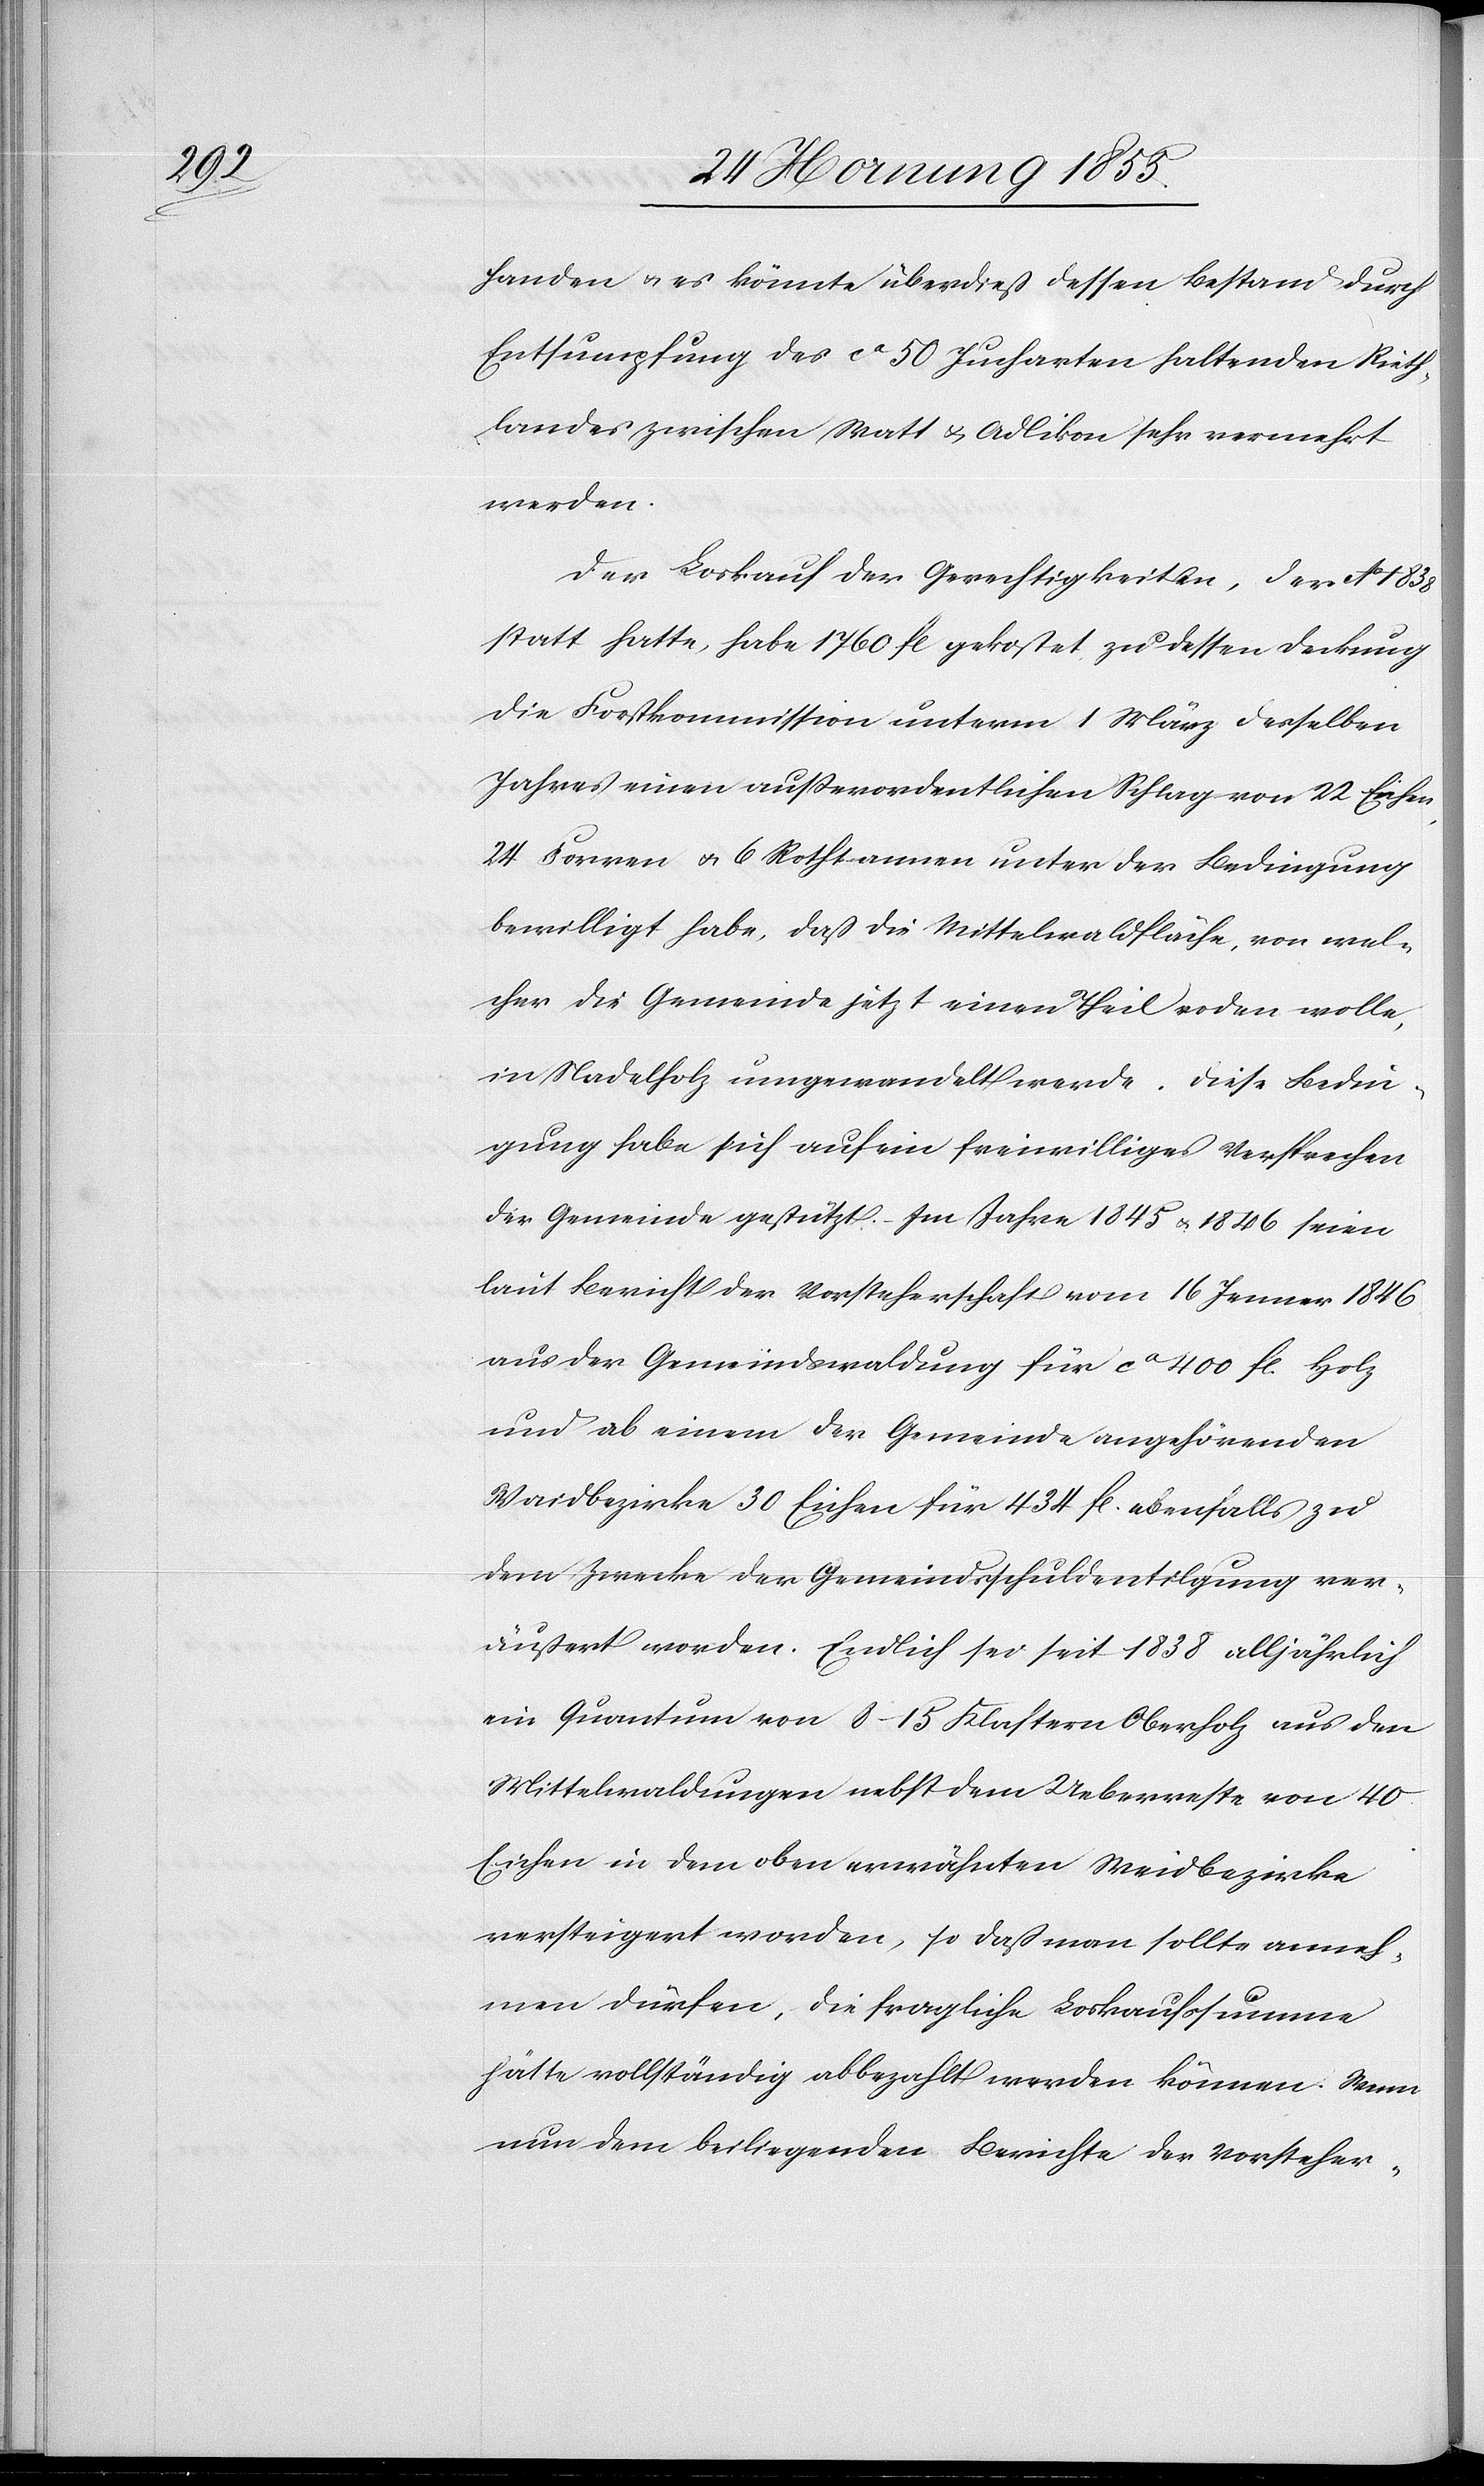
handen & es könnte überdieß dessen Bestand durch
Entsumpfung des ca 50 Jucharten haltenden Rieth¬
landes zwischen Watt & Adlikon sehr vermehrt
werden.
Der Loskauf der Gerechtigkeiten, der Ao 1838
statt hatte, habe 1760 fl gekostet zu dessen Deckung
die Forstkommission unterm 1 März desselben
Jahres einen ausserordentlichen Schlag von 22 Eichen,
24 Forren & 6 Rothtannen unter der Bedingung
bewilligt habe, daß die Mittelwaldfläche, von wel¬
cher die Gemeinde jetzt einen Theil roden wolle,
in Nadelholz umgewandelt werde. Diese Bedin¬
gung habe sich auf ein freiwilliges Versprechen
der Gemeinde gestützt. – Im Jahre 1845 & 1846 seien
laut Bericht der Vorsteherschaft vom 16 Jenner 1846
aus der Gemeindswaldung für ca 400 fl. Holz
und ab einem der Gemeinde angehörenden
Waidbezirke 30 Eichen für 434 fl. ebenfalls zu
dem Zwecke der Gemeindsschuldentilgung ver¬
äußert worden. Endlich sei seit 1838 alljährlich
ein Quantum von 8–15 Klaftern Oberholz aus den
Mittelwaldungen nebst dem Ueberreste von 40
Eichen in dem oben erwähnten Weidbezirke
versteigert worden, so daß man sollte anneh¬
men dürfen, die fragliche Loskaufssumme
hätte vollständig abbezahlt werden können. Wenn
nun dem beiliegenden Berichte der Vorsteher-